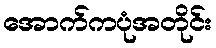
အောက်ကပုံအတိုင်း